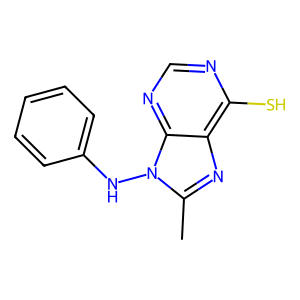
SMILES: Cc1nc2c(S)ncnc2n1Nc1ccccc1
Inhibits HIV replication: No